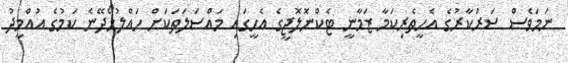
ނަމަވެސް ސަރުކާރުގެ އެހީތެރިކަމާ ޒަމާނީ ޓެކްނޮލޮޖީގެ އެހީގައި މައްސަލަތަކަށް ހައްލުހޯދޭނެ ކަމުގެ އުއްމީދު